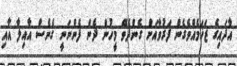
އާދައިގެ ޒަޚަމެއްވެގެން ފަރުވާއަށް ގެންދެވޭ މީހުން ދެން ފެންނަނީ ގެނެސް އާއިލާ އާއި